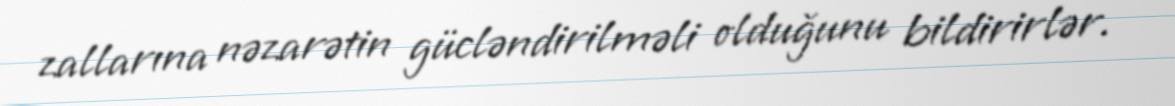
zallarına nəzarətin gücləndirilməli olduğunu bildirirlər.